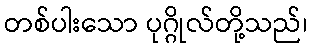
တစ်ပါးသော ပုဂ္ဂိုလ်တို့သည်၊